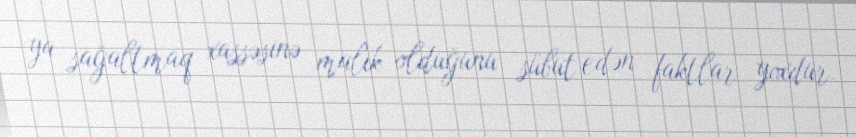
ya sağaltmaq xassəsinə malik olduğunu sübut edən faktlar yoxdur.